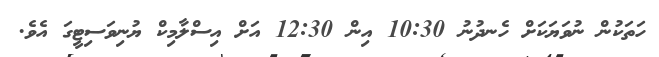
ހަތަކުން ނުވަޔަކަށް ހެނދުނު 10:30 އިން 12:30 އަށް އިސްލާމިކް ޔުނިވަސިޓީގަ އެވެ.